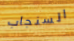
السنجاب